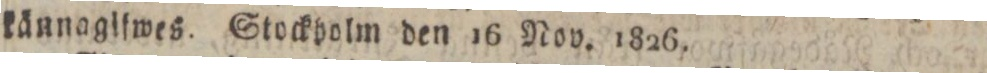
kännagiſwes. Stockholm den 16 Nov. 1826.